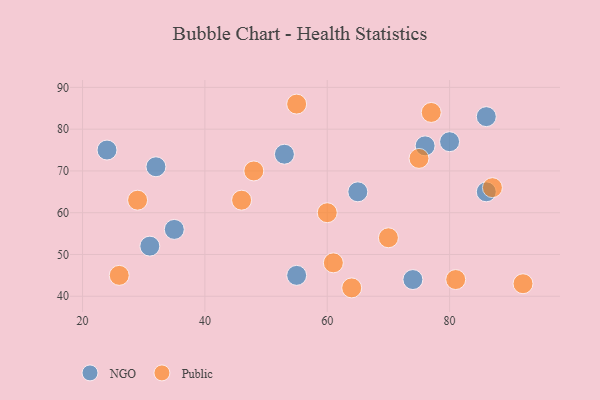
{"axis": {"x": "GDP", "y": "Life Expectancy"}, "legend": ["NGO", "Public"], "data": [{"x": "80", "y": 77, "type": "NGO"}, {"x": "31", "y": 52, "type": "NGO"}, {"x": "24", "y": 75, "type": "NGO"}, {"x": "55", "y": 45, "type": "NGO"}, {"x": "76", "y": 76, "type": "NGO"}, {"x": "86", "y": 65, "type": "NGO"}, {"x": "32", "y": 71, "type": "NGO"}, {"x": "86", "y": 83, "type": "NGO"}, {"x": "74", "y": 44, "type": "NGO"}, {"x": "35", "y": 56, "type": "NGO"}, {"x": "65", "y": 65, "type": "NGO"}, {"x": "53", "y": 74, "type": "NGO"}, {"x": "75", "y": 73, "type": "Public"}, {"x": "60", "y": 60, "type": "Public"}, {"x": "87", "y": 66, "type": "Public"}, {"x": "48", "y": 70, "type": "Public"}, {"x": "61", "y": 48, "type": "Public"}, {"x": "55", "y": 86, "type": "Public"}, {"x": "64", "y": 42, "type": "Public"}, {"x": "26", "y": 45, "type": "Public"}, {"x": "29", "y": 63, "type": "Public"}, {"x": "81", "y": 44, "type": "Public"}, {"x": "77", "y": 84, "type": "Public"}, {"x": "46", "y": 63, "type": "Public"}, {"x": "92", "y": 43, "type": "Public"}, {"x": "70", "y": 54, "type": "Public"}]}